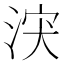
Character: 涋